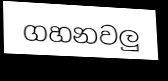
ගහනවලු